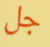
جل